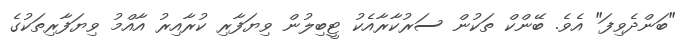
"ބަންދެވިފަ" އެވެ. ބޭންކް ތަކުން ސަރުކާރާއެކު ޓީބިލުން ވިޔަފާރި ކުރާއިރު އާއްމު ވިޔަފާރިތަކުގެ